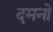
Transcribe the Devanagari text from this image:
दमनों